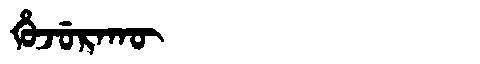
Manchu: ᡥᡠᠵᡠᡵᠠᡴᡡ
Romanization: HUJURAKŪ